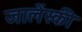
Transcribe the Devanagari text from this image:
जालेंस्की